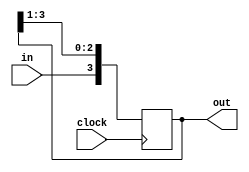
///////////////////////////////////////////
/// Design  : Serial In Serial Out (SISO)
/// College	: Anna University, MIT campus
///////////////////////////////////////////

module ShiftSISO(clock,in,out);
input clock,in;
output reg[3:0]out;
always @ (posedge clock)
	begin
		out = {in,out[3:1]};
	end
endmodule